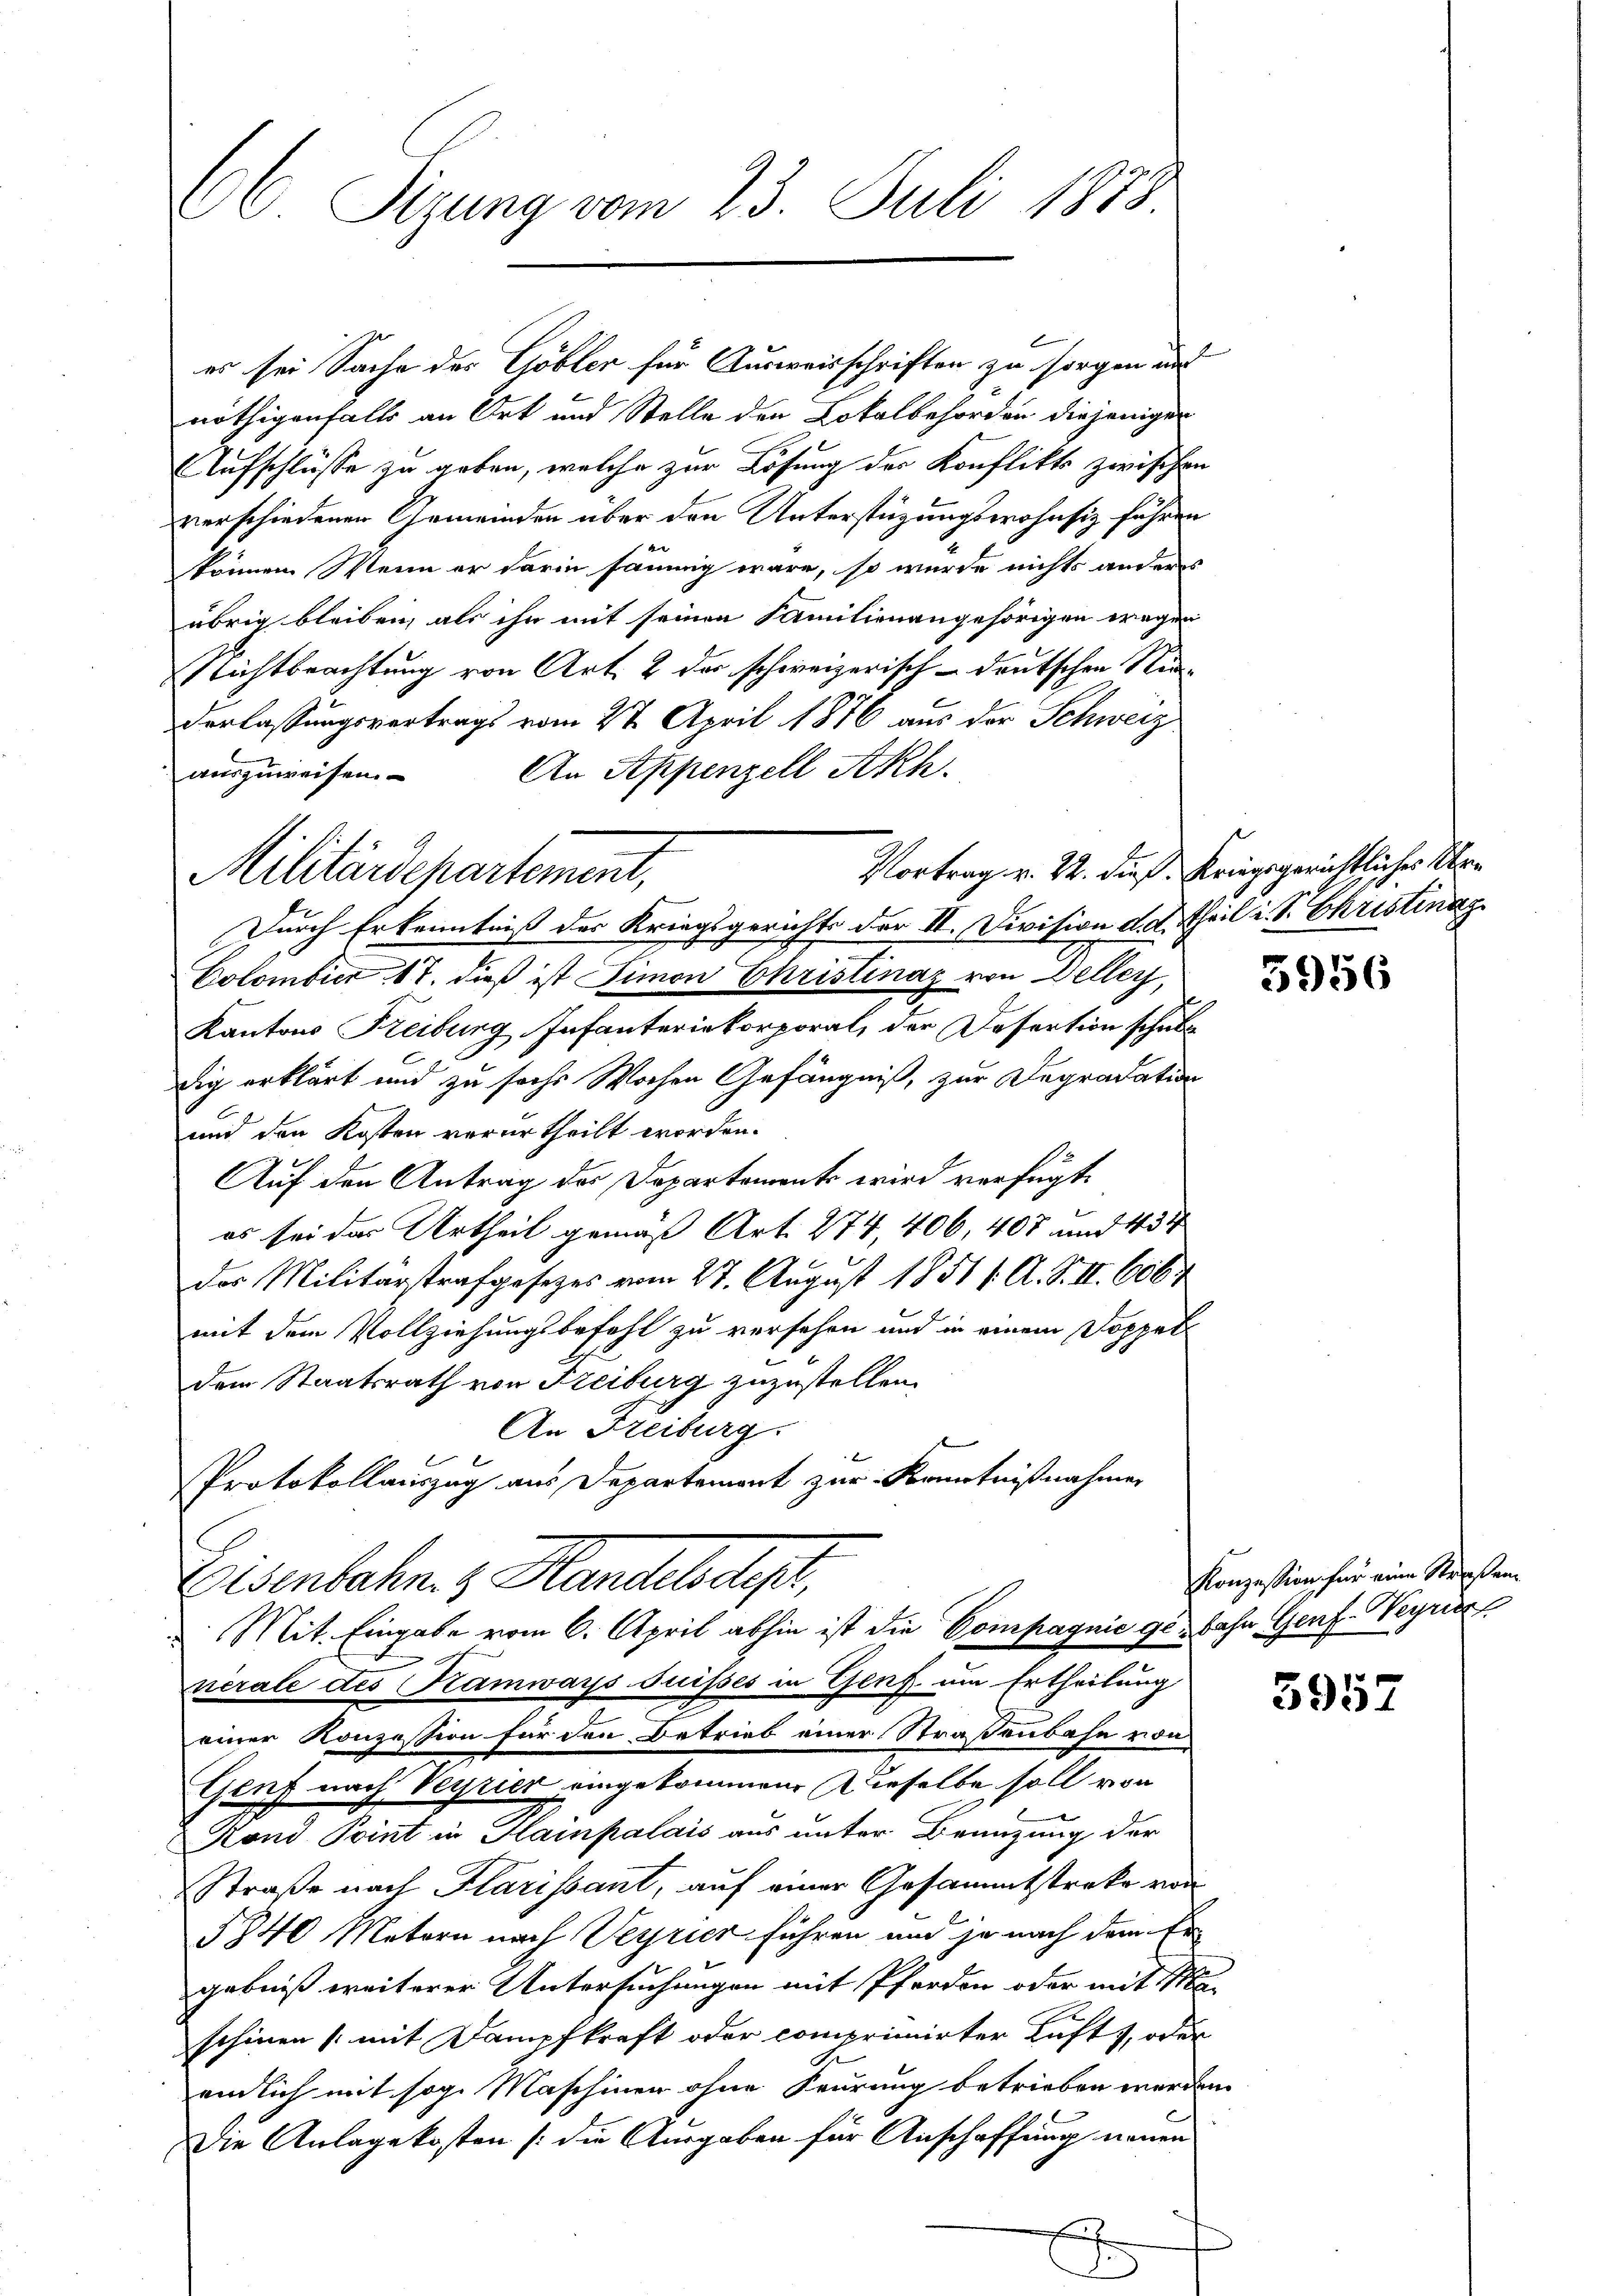
66 Sizung vom 23. Juli 1878

nöthigenfalls an Ort und Stelle den Lokalbehörden diejeniger
Aufschlüsse zu geben, welche zur Lösung der Konflikts zwischen
verschiedenen Gemeinden über den Unterstüzungswohnsiz führen
können. Wenn er darin säumig wäre, so wurde nichts anderes
übrig bleiben, als ihn mit seinen Familienangehörigen wegen
Nichtbeachtung von Art. 2 der schweizerisch-deutschen Nid¬
Verlassungsvertrags vom 27. April 1876 aus der Schweiz
An Appenzell Akh.
auszuweisen.
Durch Erkenntniß des Kriegsgerichts der II. Division d. d. Theil u. S. Christinag
Colombier 17. dieß ist Simon Christinaz von Deller,
Kantons Freiburg Infanteriekorporal, der Desertion schube
dig erklärt und zu sechs Wochen Gefängniß, zur Degradation
und den Kosten verurtheilt worden.
Auf den Antrag des Departements wird verfügt:
es sei das Urtheil gemäß Art. 274, 406, 407 und 434
das Militärstrafgesezes vom 27. August 1851 f. A. S. II. 606
mit dem Vollziehungsbefehl zu versehen und in einem Doppel
dem Staatsrath von Freiburg zuzustellen.
An Freiburg.
Protokollauszug aus Departement zur Kenntnißnahmen
Eisenbahn. z. Handels dest,
Mit Eingabe vom 6. April abhin ist die Compagnie gebahn Genf Verrier
nerale des Kamways Suisses in Genf um Ertheilung
einer Konzession für den Betrieb einer Straßenbahn von
Genf nach Veyrier eingekommene Dieselbe soll von
Kond Point in Hainpalais aus unter Benuzung der
Straße nach Klarissant, auf einer Gesammtstreke von
5340 Metern nach Veyrier führen und je nach dem Ergebniß weiterer Untersuchungen mit Pferden oder mit 111
schinen (mit Dampfkraft oder comprimirter Luft, oder
endlich mit sog. Maschinen ohne Seurung betrieben werden
Die Anlage kosten (die Ausgaben für Anschaffung neuen
t
.

Militärdepartement,

es sei Sache des Göbler für Ausweisschriften zu sorgen und

Vortrag v. 22. dieß Kriegsgerichtlicher Ver¬

5956

Konzession für eine Staaten

5957